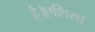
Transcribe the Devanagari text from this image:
है।एशिया